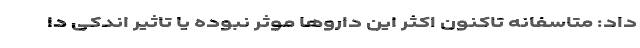
داد: متاسفانه تاکنون اکثر این داروها موثر نبوده یا تاثیر اندکی دا